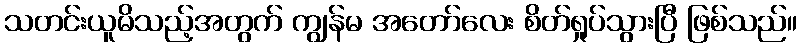
သတင်းယူမိသည့်အတွက် ကျွန်မ အတော်လေး စိတ်ရှုပ်သွားပြီ ဖြစ်သည်။